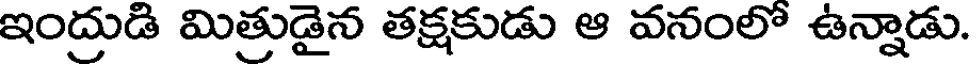
ఇంద్రుడి మిత్రుడైన తక్షకుడు ఆ వనంలో ఉన్నాడు.